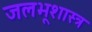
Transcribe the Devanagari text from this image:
जलभूशास्त्र